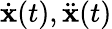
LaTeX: \dot{{\mathbf x}}(t),\ddot{{\mathbf x}}(t)